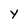
Character: Y